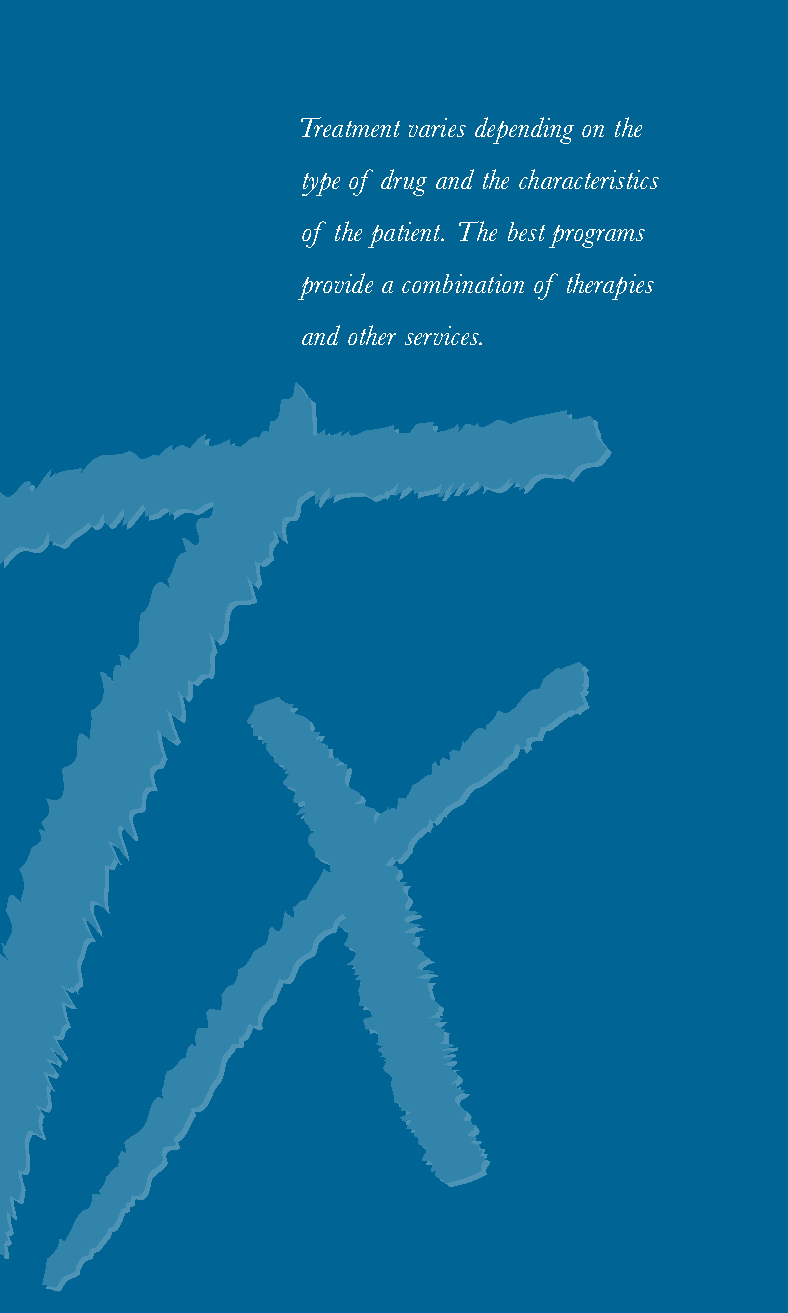
Treatment varies depending on the
 6
 type of drug and the characteristics
 of the patient. The best programs
 provide a combination of therapies
 and other services.